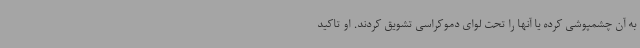
به آن چشمپوشی کرده یا آنها را تحت لوای دموکراسی تشویق کردند. او تاکید